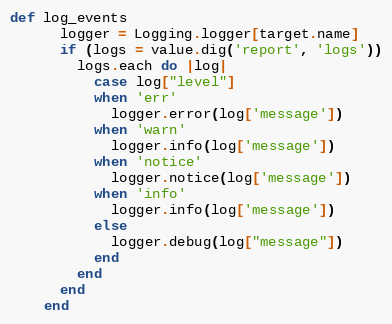
Language: Ruby
def log_events
      logger = Logging.logger[target.name]
      if (logs = value.dig('report', 'logs'))
        logs.each do |log|
          case log["level"]
          when 'err'
            logger.error(log['message'])
          when 'warn'
            logger.info(log['message'])
          when 'notice'
            logger.notice(log['message'])
          when 'info'
            logger.info(log['message'])
          else
            logger.debug(log["message"])
          end
        end
      end
    end